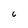
Character: 6